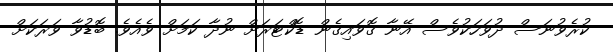
ކުރެވުނަސް ދުވަހަކުވެސް އޭނާ ގޮވައިގެން ޑޮކްޓަރަށް ނުދާ ކަމަށް ވެއެވެ. ބޮޑުވާ ވަރަކަށް